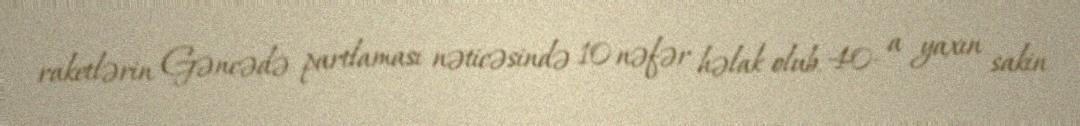
raketlərin Gəncədə partlaması nəticəsində 10 nəfər həlak olub, 40- a yaxın sakin